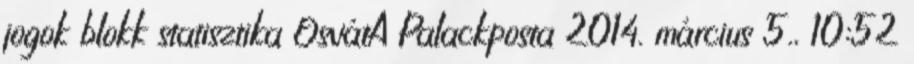
jogok blokk statisztika OsvátA Palackposta 2014. március 5., 10:52